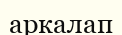
аркалап